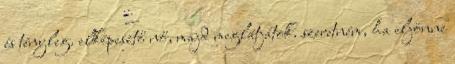
és tényleg. elképesztő nő, majd meglátjátok. szeretném, ha eljönne